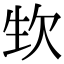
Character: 𣢡